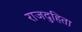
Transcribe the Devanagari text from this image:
राजदुहिता